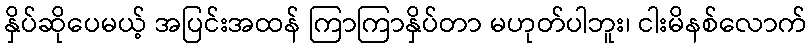
နှိပ်ဆိုပေမယ့် အပြင်းအထန် ကြာကြာနှိပ်တာ မဟုတ်ပါဘူး၊ ငါးမိနစ်လောက်